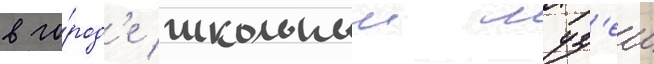
в го́род'е школьныи муз'еи